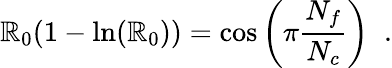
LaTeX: \mathbb{R}_{0}(1-\ln(\mathbb{R}_{0}))=\cos\left(\pi\frac{{N_{f}}}{{N_{c}}}\right)\; \; .